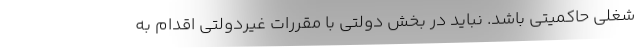
شغلی حاکمیتی باشد. نباید در بخش دولتی با مقررات غیردولتی اقدام به